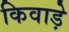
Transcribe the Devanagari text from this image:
किवाड़े